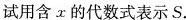
试用含x的代数式表示S.